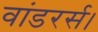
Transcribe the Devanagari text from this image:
वांडरर्स।